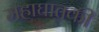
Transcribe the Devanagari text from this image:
महाघातकी